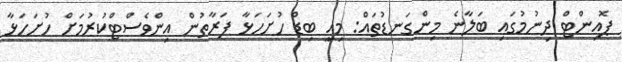
ޕޮއިންޓް ދިނުމުގައި ބަލާނެ މިންގަނޑުތައް: މިއީ ބިޑް ހުށަހަޅާ ފަރާތުން އިންވެސްޓްކުރުމަށް ހުށަހަޅާ